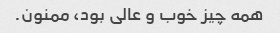
همه چیز خوب و عالی بود، ممنون.